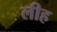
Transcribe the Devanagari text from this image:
लीह